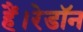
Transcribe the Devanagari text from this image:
हैं।रेडॉन